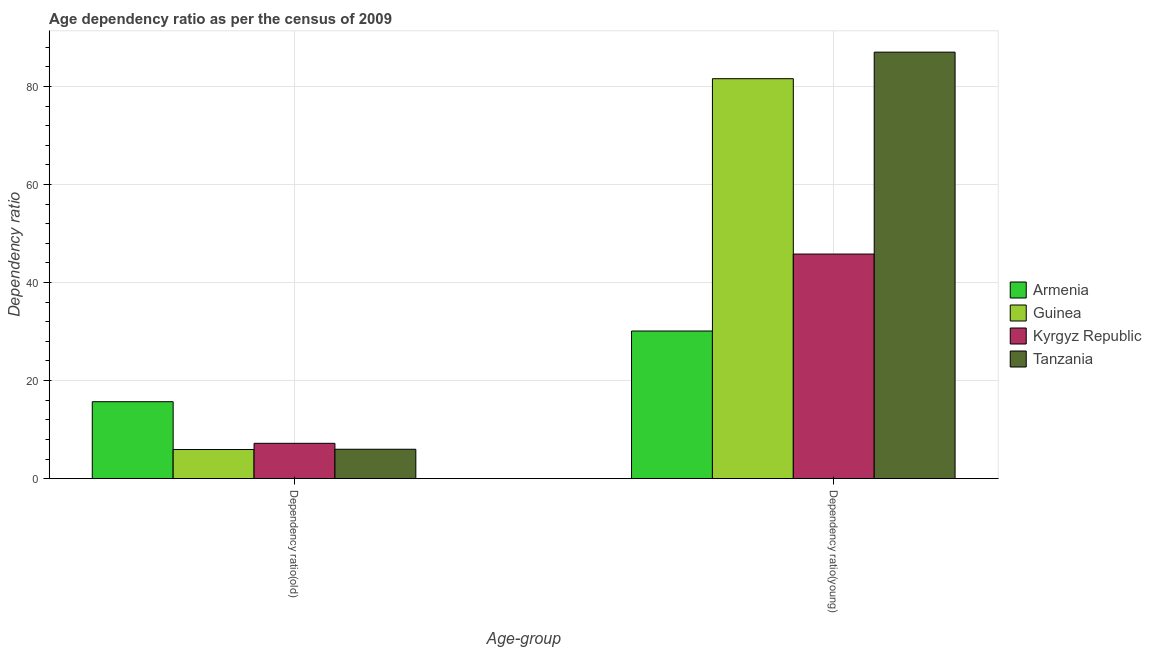
| Age-group | Armenia | Guinea | Kyrgyz Republic | Tanzania |
 | --- | --- | --- | --- | --- |
 | Dependency ratio(old) | 15.7 | 5.93 | 7.2 | 5.99 |
 | Dependency ratio(young) | 30.1 | 81.6 | 45.8 | 87 |